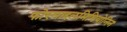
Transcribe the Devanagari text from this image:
फोरमाइलमिथियोनिन